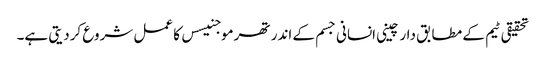
تحقیقی ٹیم کے مطابق دارچینی انسانی جسم کے اندر تھرموجنیسس کا عمل شروع کردیتی ہے۔